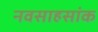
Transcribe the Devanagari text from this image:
नवसाहसांक